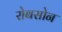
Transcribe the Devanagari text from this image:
रोबसोन